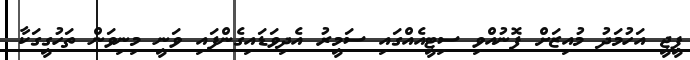
ޕީޖީ އަހުމަދު މުއިޒަށް ފޮނުއްވި ސިޓީއެއްގައި ސަމީރު އެދިވަޑައިގެންފައި ވަނީ މިނިވަން ތަހުގީގަކާ